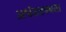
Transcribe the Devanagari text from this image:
अर्धतटस्थता